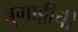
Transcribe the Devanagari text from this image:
बुगाट्टीची